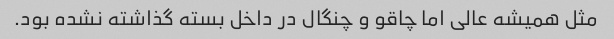
مثل همیشه عالی اما چاقو و چنگال در داخل بسته گذاشته نشده بود.